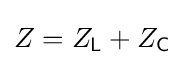
Z=Z_{\mathsf {L}}+Z_{\mathsf {C}}~